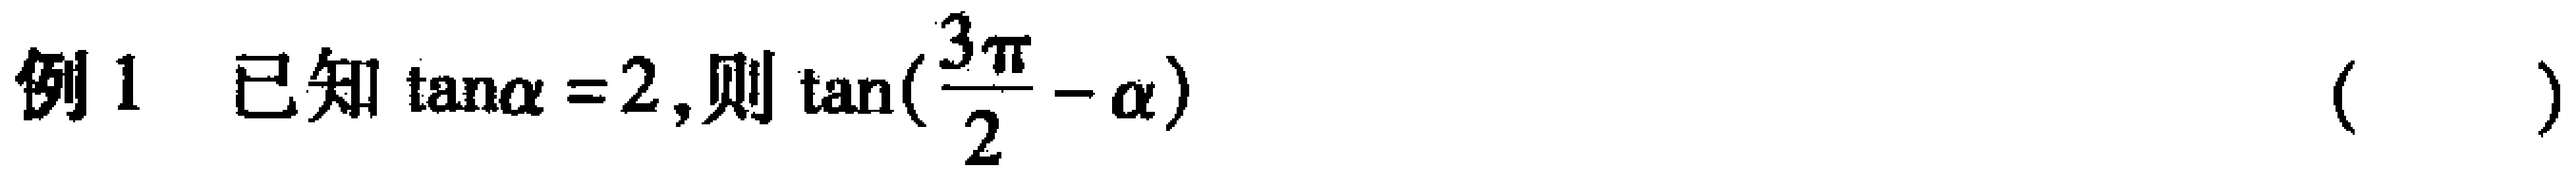
例1 已知$\tan\alpha = 2$,则$\tan(\frac{3\pi}{2}-\alpha)$  (  )